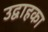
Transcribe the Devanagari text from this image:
उद्वाहका